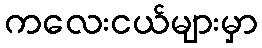
ကလေးငယ်များမှာ